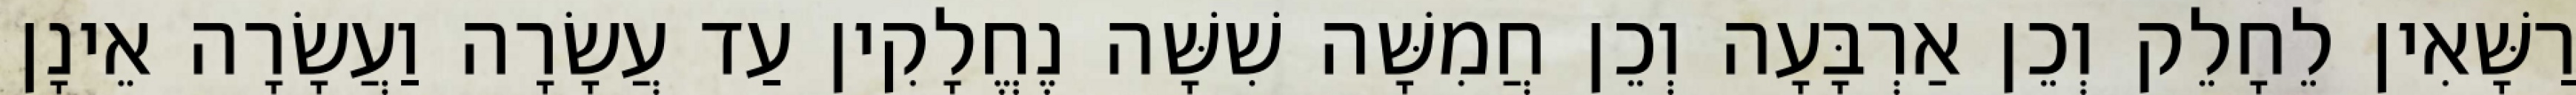
רַשָּׁאִין לֵחָלֵק וְכֵן אַרְבָּעָה וְכֵן חֲמִשָּׁה שִׁשָּׁה נֶחֱלָקִין עַד עֲשָׂרָה וַעֲשָׂרָה אֵינָן